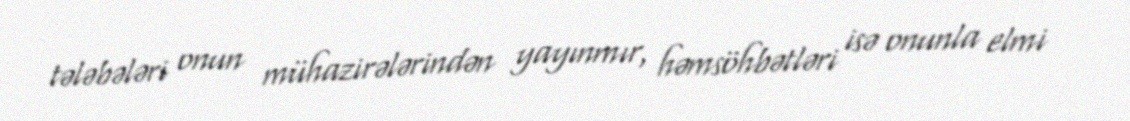
tələbələri onun mühazirələrindən yayınmır, həmsöhbətləri isə onunla elmi